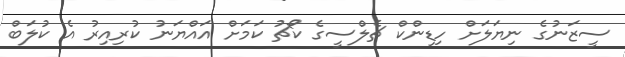
ސީޒަނުގެ ނިޔަލަށް ހިޑިންކް ޗެލްސީގެ ކޯޗު ކަމަށް އައްޔަނު ކުރިއިރު އެ ކުލަބް